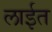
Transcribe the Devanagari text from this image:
लाईत